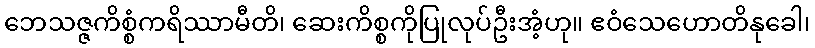
ဘေသဇ္ဇကိစ္စံကရိဿာမီတိ၊ ဆေးကိစ္စကိုပြုလုပ်ဦးအံ့ဟု။ ဧဝံသေဟောတိနုခေါ၊